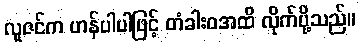
လူဇင်က ဟန်ပါပါဖြင့် တံခါးဝအထိ လိုက်ပို့သည်။